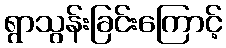
ရွာသွန်းခြင်းကြောင့်